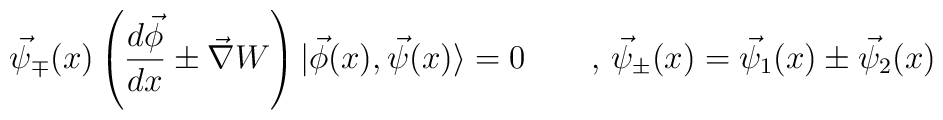
\vec{\psi}_\mp (x)\left( \frac{d\vec{\phi}}{dx}\pm \vec{\nabla}W\right)|\vec{\phi}(x),\vec{\psi}(x)\rangle =0 \qquad , \,\vec{\psi}_\pm(x)=\vec{\psi}_1(x)\pm \vec{\psi}_2(x)